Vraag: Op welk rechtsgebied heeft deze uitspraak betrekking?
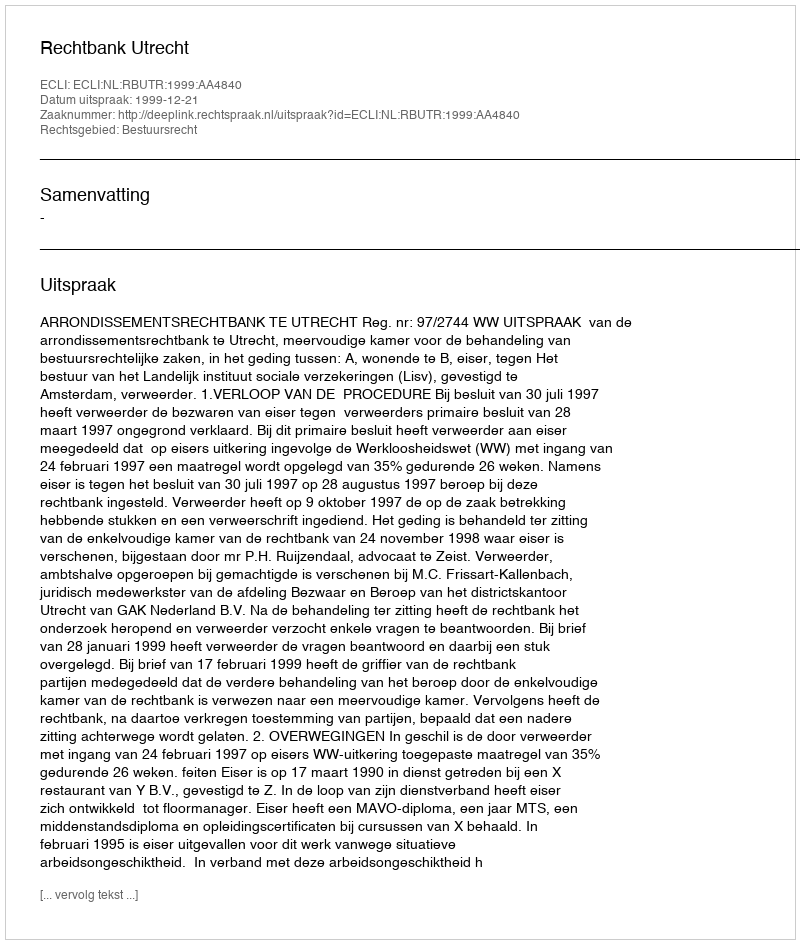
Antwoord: Bestuursrecht